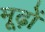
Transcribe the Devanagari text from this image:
मूढ़ों